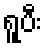
ရူပီး